Reports on dispensaries and lunatic asylums in the Province of Oudh - 1869-1876
Year: 1869
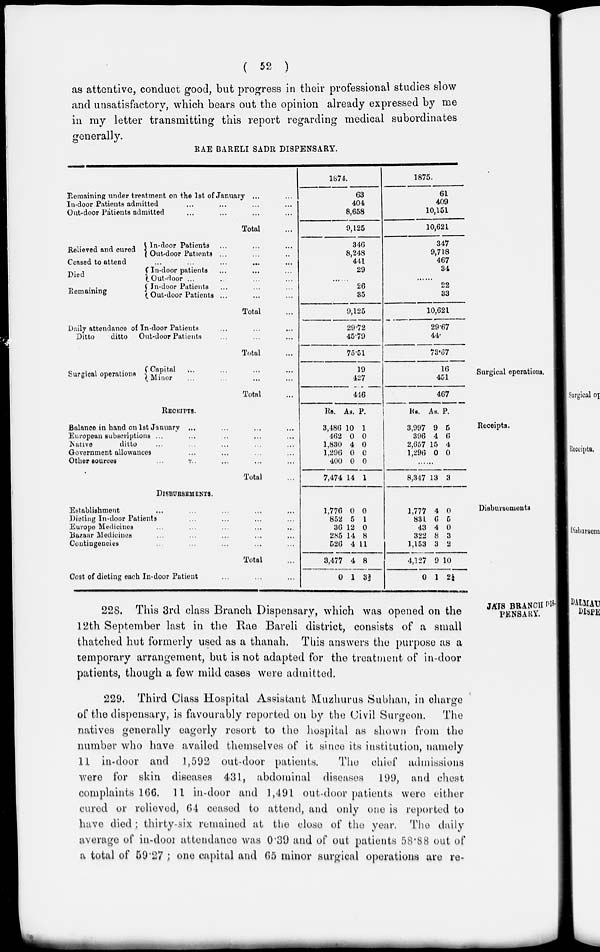
( 52 )
as attentive, conduct good, but progress in their professional studies slow
and unsatisfactory, which bears out the opinion already expressed by me
in my letter transmitting this report regarding medical subordinates
generally.
RAE BARELI SADR DISPENSARY.
Remaining under treatment on the 1st of January ... ...
In-door Patients admitted ... ... ... ...
Oat-door Patients admitted ... ... ... ...
Total ...
1874.
63
404
8,658
9,125
1875.
61
409
10,151
10,621
Relieved and cured
In-door Patients ... ... ...
Out-door Patients ... ... ...
Ceased to attend ... ... ... ... ...
Died
Remaining
In-door patients ... ... ...
Out-door ... ... ... ...
In-door Patients ... ... ...
Out-door Patients ... ... ...
Total ...
346
8,248
444
29
......
26
35
9,125
347
9,718
467
34
......
22
33
10,621
Daily attendance of In-door Patients ... ... ...
Ditto
ditto
Out-door Patients ... ... ...
Total ...
29.72
45.79
75.51
29.67
44
73.67
Surgical operations.
Surgical operations
Capital ... ... ... ...
Minor ... ... ... ...
Total
19
427
416
16
451
467
Receipts.
RECEIPTS.
Balance in hand on 1st January ... ... ... ...
European subscriptions ... ... ... ...
Native
ditto ... ... ... ... ...
Government allowances ... ... ... ...
Other sources ... ... ... ... ...
Total ...
Rs.
3,486
462
1,830
1,296
400
7,474
As.
10
0
4
0
0
14
P.
1
0
0
0
0
1
Rs.
3,997
396
2,657
1,296
As.
9
4
15
0
P.
5
6
4
0
......
8,347 13 3
Disbursements
DISBURSEMENTS.
Establishment ... ... ... ... ...
Dieting In-door Patients ... ... ... ...
Europe Medicines ... ... ... ...
Bazaar Medicines ... ... ... ...
Contingencies ... ... ... ... ...
Total ...
Cost of dieting each In-door Patient ... ... ...
1,776
852
36
285
526
3,477
0
0
5
12
14
4
4
1
0
1
0
8
11
8
3⅔
1,777
831
43
322
1,153
4,127
0
4
6
4
8
3
9
1
0
5
0
3
2
10
2⅓
JÁIS BRANCH DIS-
PENSARY.
228. This 3rd class Branch Dispensary, which was opened on the
12th September last in the Rae Bareli district, consists of a small
thatched hut formerly used as a thanah. This answers the purpose as a
temporary arrangement, but is not adapted for the treatment of in-door
patients, though a few mild cases were admitted.
229. Third Class Hospital Assistant Muzhurus Subhan, in charge
of the dispensary, is favourably reported on by the Civil Surgeon.
The
natives generally eagerly resort to the hospital as shown from the
number who have availed themselves of it since its institution, namely
11 in-door and 1,592 out-door patients.
The chief admissions
were for skin diseases 431, abdominal diseases 199, and chest
complaints 166. 11 in-door and 1,491 out-door patients were either
cured or relieved, 64 ceased to attend, and only one is reported to
have died ; thirty-six. remained at the close of the year. The daily
average of in-door attendance was 0.39 and of out patients 58.88 out of
a total of 59.27 ; one capital and 65 minor surgical operations are re-